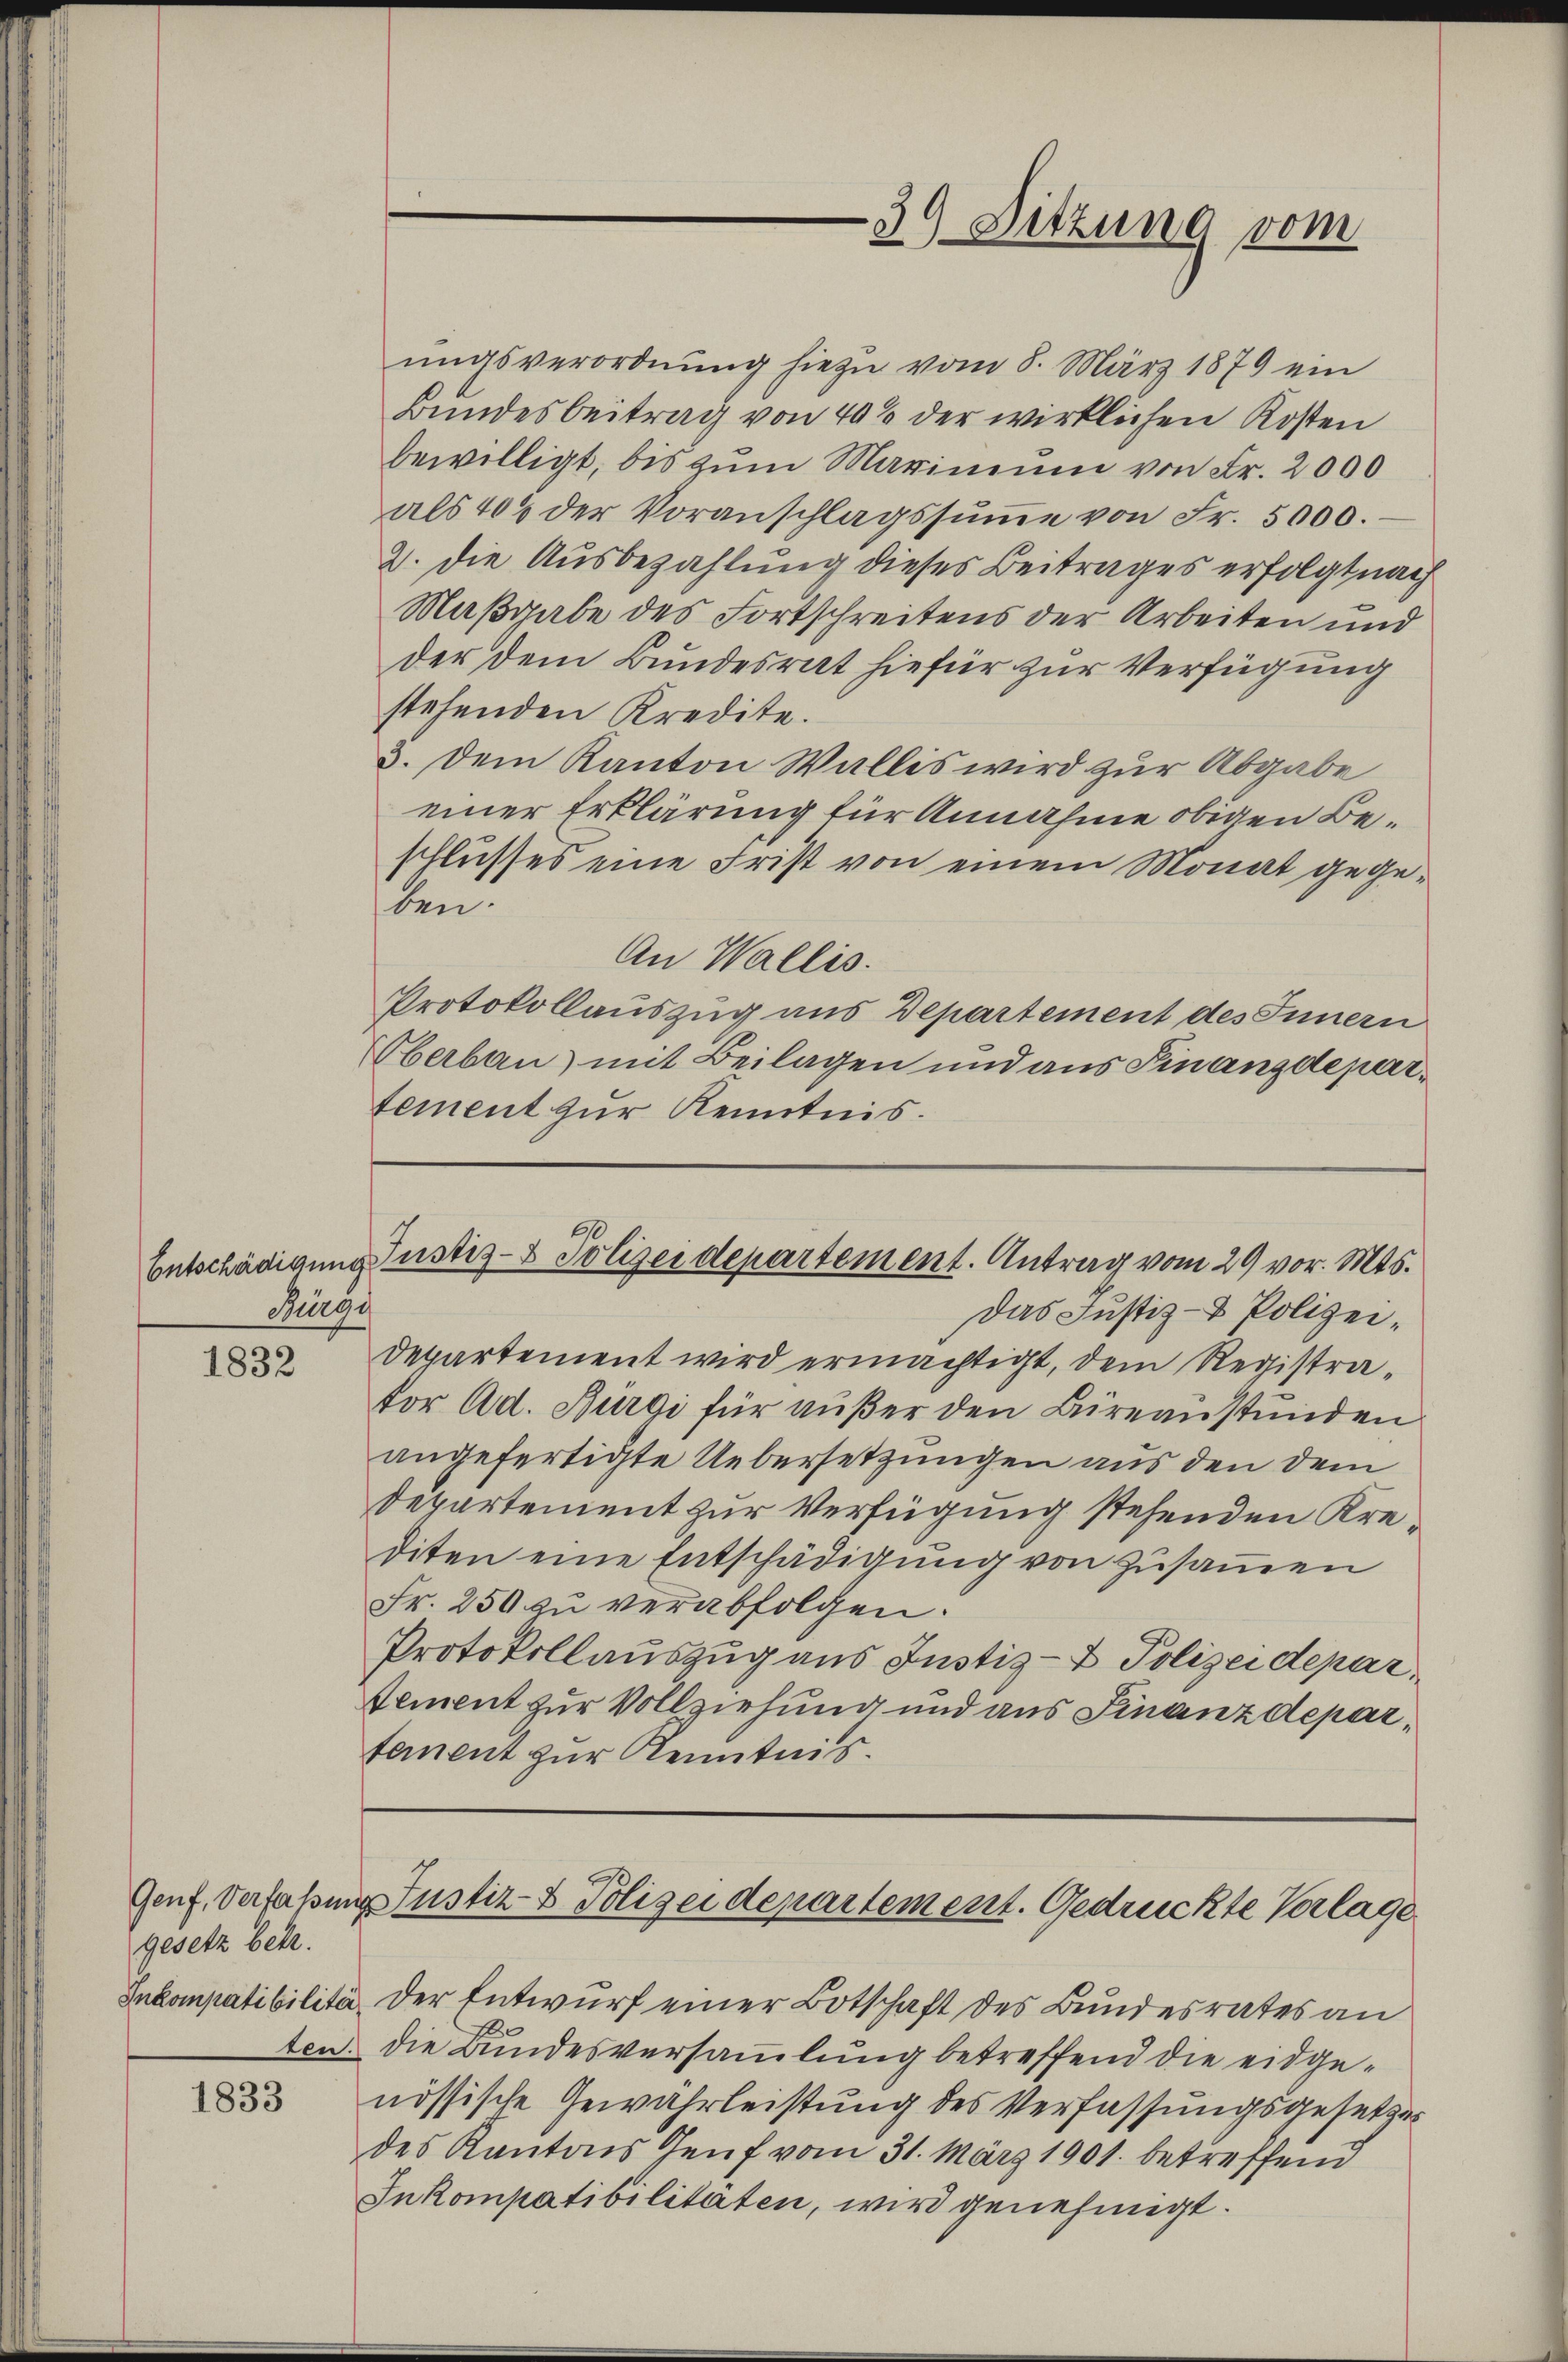
Burge

1832

Genf, Verfaßun
gesetz betr.
Inkompatibilitär

1833

An Wallis.
Protokollauszug aus Departement des Innern
Oberbau) mit Beilagen und aus Finanzdepartement zur Kenntnis.

ŭngsverordnŭng hiezu vom 8. März 1879 ein
Bundesbeitrag von 40% der wirklichen Kosten
bewilligt, bis zŭm Marinium von Fr. 2000
als 405 der Voranschlagssŭṁe von Fr. 5000.
2. die Ausbezahlung dieses Beitrages erfolgt nach
Maßgabe des Fortschreitens der Arbeiten und
der dem Bundesrat hiefür zur Verfügung
stehenden Kredite.
3. Dem Kanton Wallis wird zur Abgabe
einer Erklärung für Annahme obigen Beschlusses eine Frist von einem Monat gegeben.
Das Justiz- & Polizeidepartement wird ermächtigt, dem Registrator Ad. Bürgi für außer den Büreaustunden
angefertigte Uebersetzungen aus den dem
Departement zur Verfügung stehenden Krediten eine Entschädigung von zusammen
Fr. 250 zu verabfolgen.
Protokollauszug aus Justiz- & Polizeidepar
Dement zur Vollziehung und aus Finanzdepartement zur Kenntnis.
d Justiz- & Polizeidepartement. Gedrückte Verlage
Der Entwurf einer Botschaft des Bundesrates an
ten. Die Bundesversammlung betreffend die eidgenössische Gewährleistung des Verfassungsgesetzes
des Kantons Genf vom 31. März 1901. betreffend
Inkompatibilitäten, wird genehmigt.

39. Sitzung vom

Entschädigung Justiz- & Polizeidepartement. Antrag vom 29 vor. Mts.